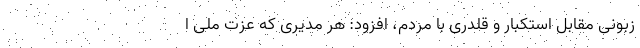
زبونی مقابل استکبار و قلدری با مردم، افزود: هر مدیری که عزت ملی ا